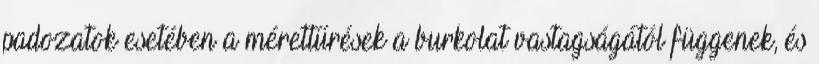
padozatok esetében a mérettűrések a burkolat vastagságától függenek, és